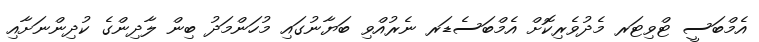
އެމްބަސީ ޓްވިޓަރ މެދުވެރިކޮށް އެމްބަސެޑަރ ނެރުއްވި ބަޔާނުގައި މުހަންމަދު ބިން ލާދިންގެ ކުދިންނަށާއި